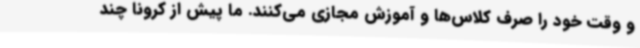
و وقت خود را صرف کلاس‌ها و آموزش‌ مجازی می‌کنند. ما پیش از کرونا چند